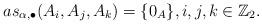
LaTeX: \begin{align*}as_{\alpha,\bullet}(A_i, A_j, A_k)=\{0_A\}, i, j, k \in \mathbb{Z}_2.\end{align*}